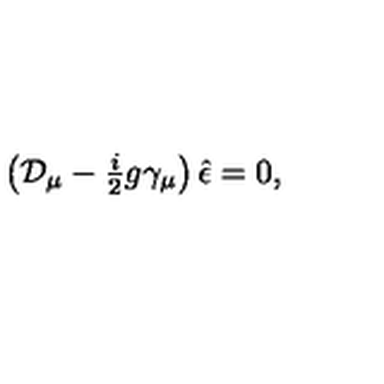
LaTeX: \left( { \cal D } _ { \mu } - { \textstyle \frac { i } { 2 } } g \gamma _ { \mu } \right) \hat { \epsilon } = 0 ,